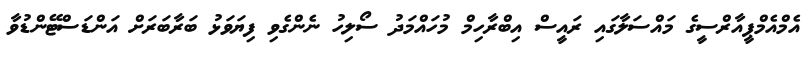
އެމްއެމްޕީއާރްސީގެ މައްސަލާގައި ރައީސް އިބްރާހިމް މުހައްމަދު ސޯލިހު ނެންގެވި ފިޔަވަޅު ބަރާބަރަށް އަންޑަސްޓޭންޑުވާ